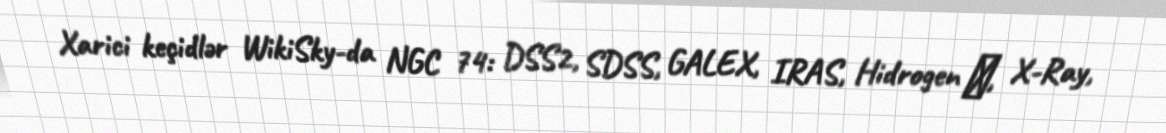
Xarici keçidlər WikiSky-da NGC 74: DSS2, SDSS, GALEX, IRAS, Hidrogen α, X-Ray,